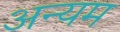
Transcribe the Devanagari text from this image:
अन्यम